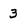
Character: 3